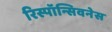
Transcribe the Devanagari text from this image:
रिस्पॉन्सिवनेस